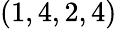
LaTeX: (1,4,2,4)